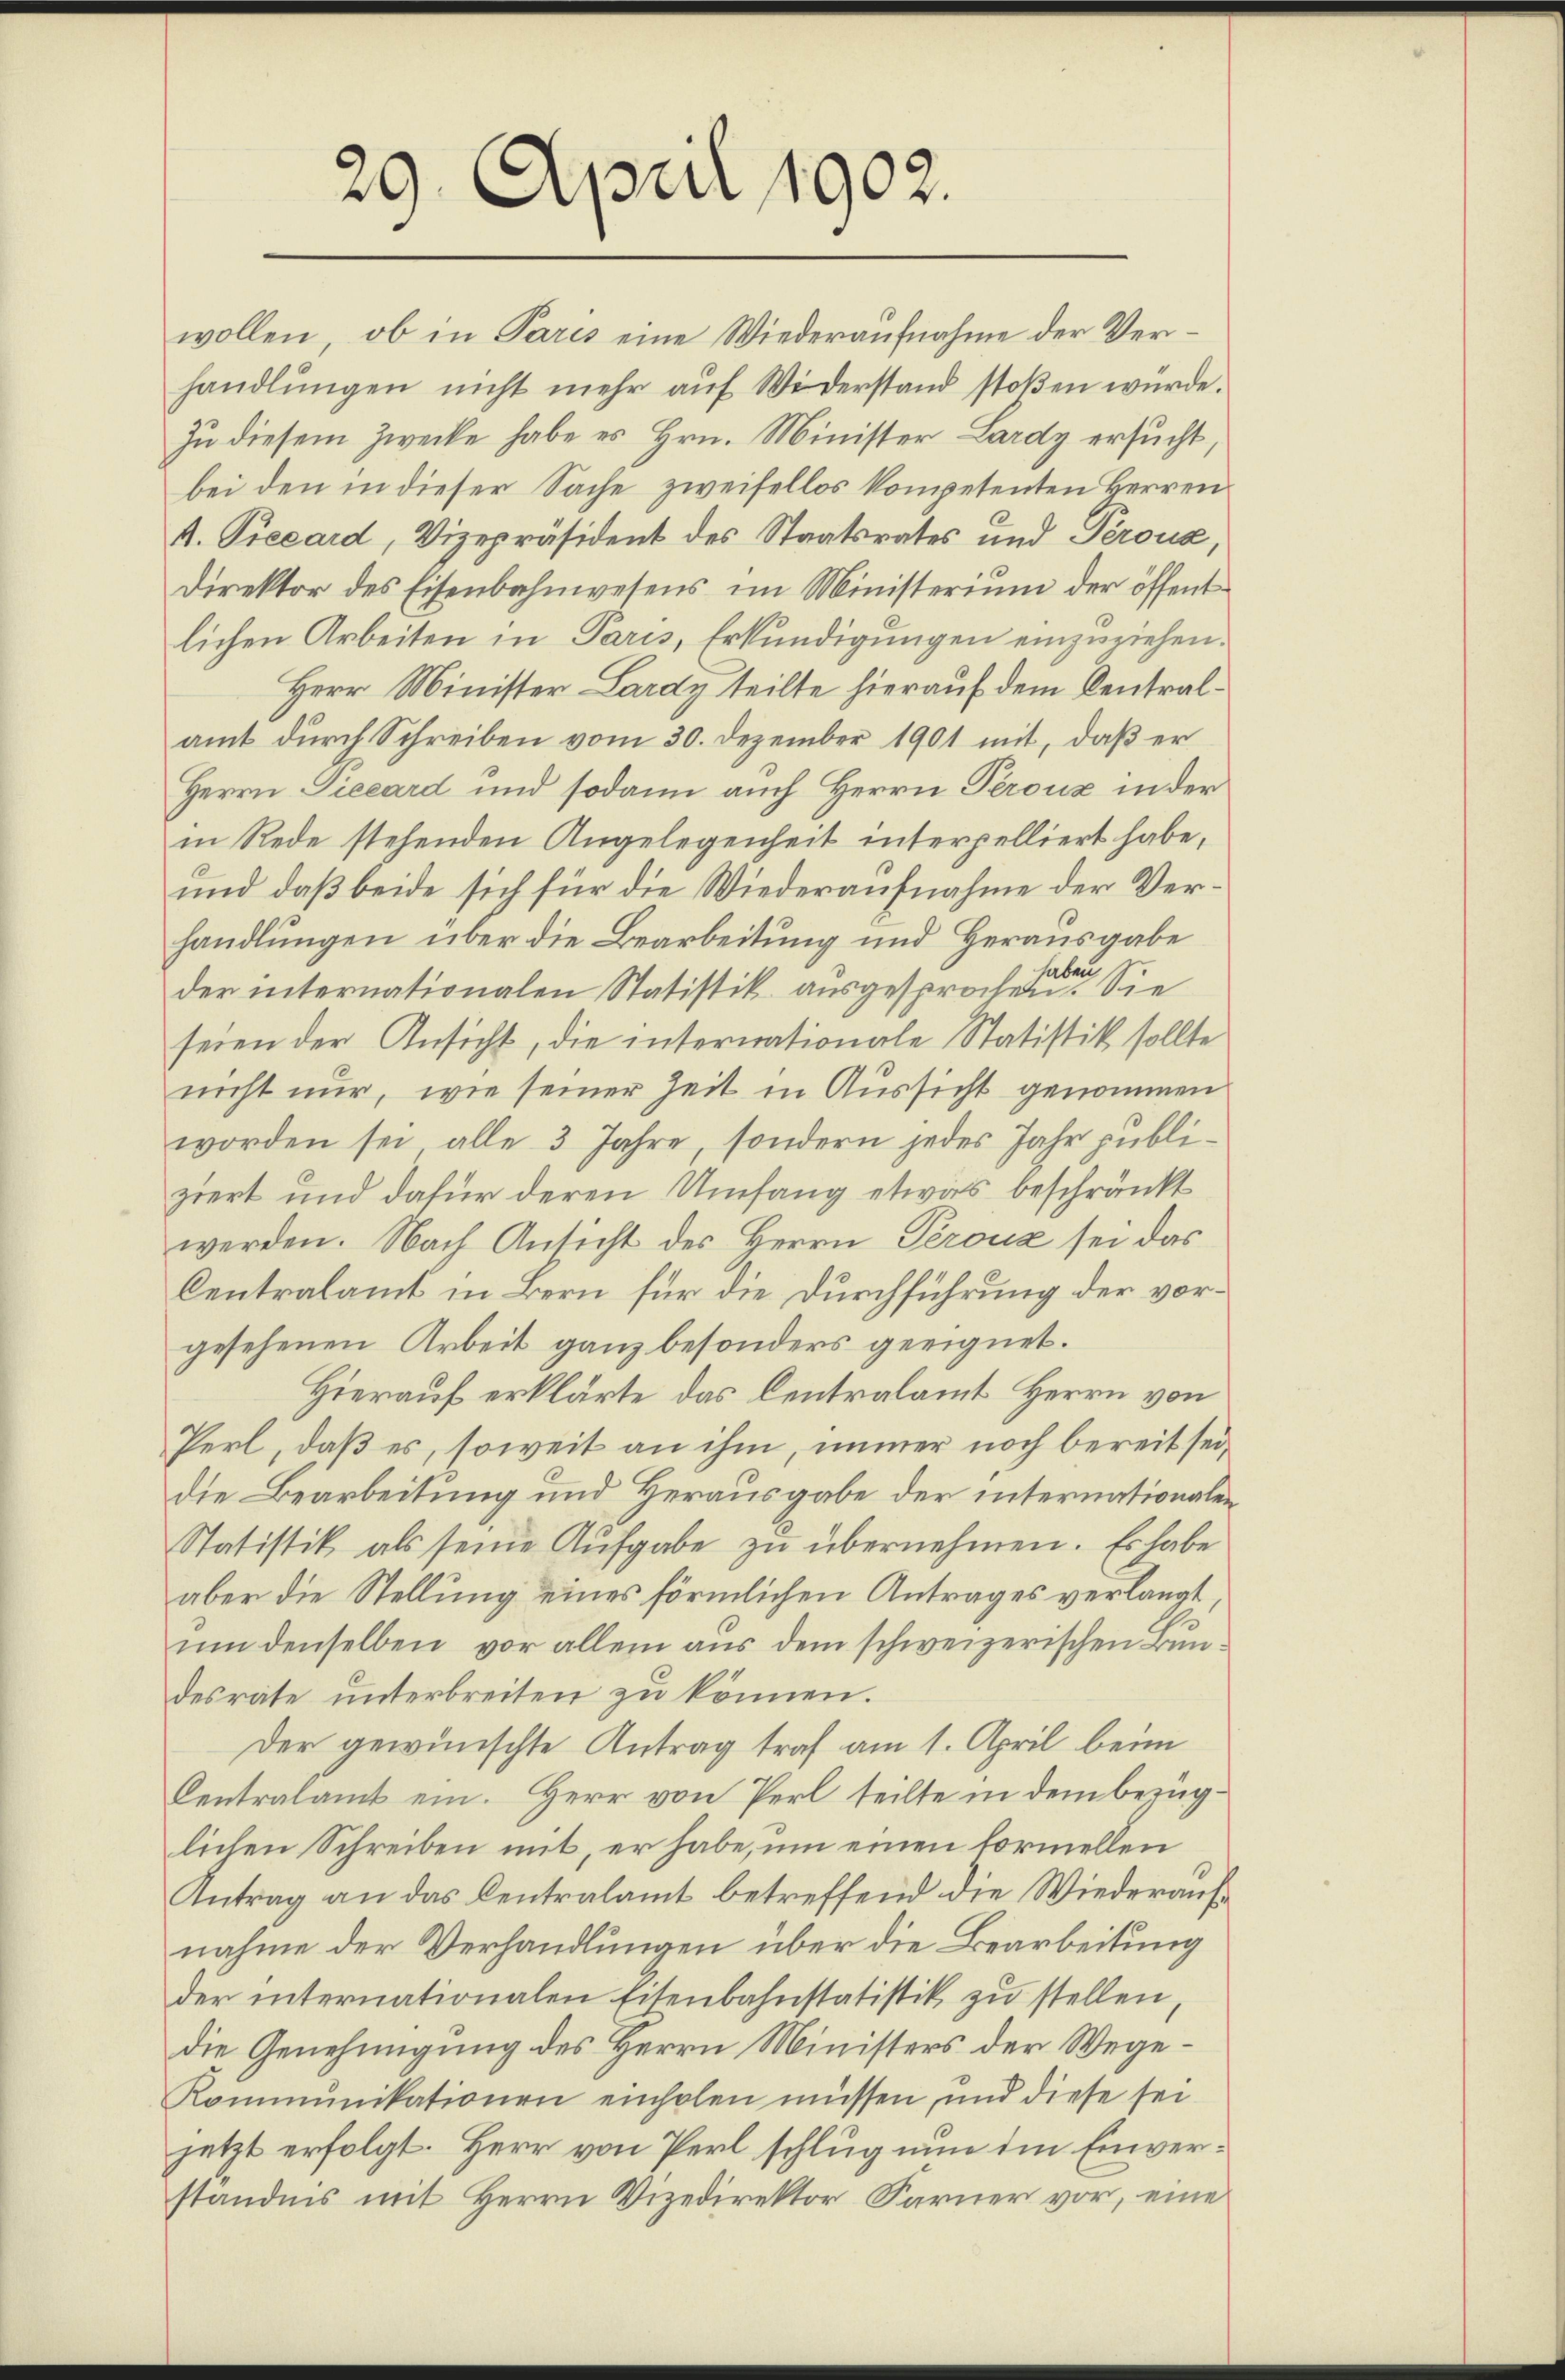
29. April 1902.

wollen, ob in Paris eine Wiederaufnahme der Verhandlŭngen nicht mehr aŭf Widerstand stoβen würde.
Zu diesem Zwecke habe es Hrn. Minister Lardy ersucht,
bei den in dieser Sache zweifellos kompetenten Herren
A. Precard, Vizepräsident des Staatsrates und Peroux,
Direktor des Eisenbahnwesens im Ministerium der öffentlichen Arbeiten in Paris, Erkundigungen einzuziehen.
Herr Minister Lardy teilte hierauf dem Centralamt durch Schreiben vom 30. Dezember 1901 mit, daß er
Herrn Pieeard und sodann auch Herrn Perouz in der
in Rede stehenden Angelegenheit interpelliert habe,
und daß beide sich für die Wiederaufnahme der Verhandlungen über die Bearbeitung und Herausgabe
1
haben
der internationalen Statistik ausgesprochen. Sie
seien der Ansicht, die internationale Statistik sollte
nicht nur, wie seiner Zeit in Aussicht genommen
worden sei alle 3 Jahre, sondern jedes Jahr publiziert und dafür deren Umfang etwas beschränkt
werden. Nach Ansicht des Herrn Perouz sei das
Centralamt in Bern für die Durchführung der vorgesehenen Arbeit ganz besonders geeignet.
Hierauf erklärte das Centralamt Herrn von
Perl, daß es, soweit an ihm, immer noch bereit seidie Bearbeitung und Herausgabe der internationalen
Statistik als seine Aufgabe zu übernehmen. Es habe
aber die Stellung eines förmlichen Antrages verlangt,
um denselben vor allem aus dem schweizerischen Bundesräte unterbreiten zu können.
Der gewünschte Antrag traf am 1. April beim
Centralamt ein. Herr von Perl teilte in dem bezüglichen Schreiben mit, er habe, um einen formellen
Antrag an das Centralamt betreffend die Wiederaufnahme der Verhandlungen über die Bearbeitung
der internationalen Eisenbahnstatistik zu stellen,
die Genehmigung des Herrn Ministers der Wege¬
Kommunikationen einholen müssen, und diese sei
jetzt erfolgt. Herr von Perl schlug nun im Einverständnis mit Herrn Vizedirektor Farner vor, eine